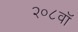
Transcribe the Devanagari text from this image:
२०८वॉ